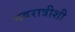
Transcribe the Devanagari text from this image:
नवरात्रीशी